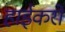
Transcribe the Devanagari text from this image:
हाईकरों